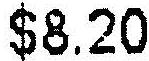
$8.20